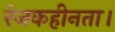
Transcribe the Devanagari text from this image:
रंजकहीनता।